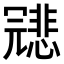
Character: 𠖤